Indian journal of veterinary science and animal husbandry - Volume 7,
Year: 1937
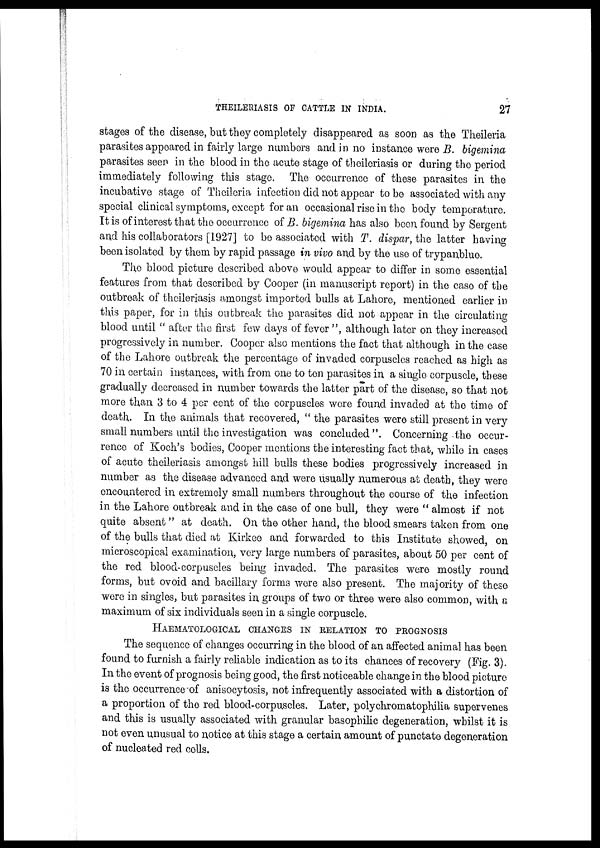
THEILERIASIS OF CATTLE IN INDIA.
27
stages of the disease, but they completely disappeared as soon as the Theileria
parasites appeared in fairly large numbers and in no instance were B. bigemina
parasites seen in the blood in the acute stage of theileriasis or during the period
immediately following this stage. The occurrence of these parasites in the
incubative stage of Theileria infection did not appear to be associated with any
special clinical symptoms, except for an occasional rise in the body temperature.
It is of interest that the occurrence of B. bigemina has also been, found by Sergent
and his collaborators [1927] to be associated with T. dispar, the latter having
been isolated by them by rapid passage in vivo and by the use of trypanblue.
The blood picture described above would appear to differ in some essential
features from that described by Cooper (in manuscript report) in the case of the
outbreak of theileriasis amongst imported bulls at Lahore, mentioned earlier in
this paper, for in this outbreak the parasites did not appear in the circulating
blood until " after the first few days of fever ", although later on they increased
progressively in number. Cooper also mentions the fact that although in the case
of the Lahore outbreak the percentage of invaded corpuscles reached as high as
70 in. certain instances, with from one to ten parasites in a single corpuscle, these
gradually decreased in number towards the latter part of the disease, so that not
more than 3 to 4 per cent of the corpuscles were found invaded at the time of
death. In the animals that recovered, " the parasites were still present in very
small numbers until the investigation was concluded ". Concerning the occur-
rence of Koch's bodies, Cooper mentions the interesting fact that, while in cases
of acute theileriasis amongst hill bulls these bodies progressively increased in
number as the disease advanced and were usually numerous at death, they were
encountered in extremely small numbers throughout the course of the infection
in the Lahore outbreak and in the case of one bull, they were " almost if not
quite absent" at death. On the other hand, the blood smears taken from one
of the bulls that died at Kirkee and forwarded to this Institute showed, on
microscopical examination, very large numbers of parasites, about 50 per cent of
the red blood-corpuscles being invaded. The parasites were mostly round
forms, but ovoid and bacillary forms were also present. The majority of these
were in singles, but parasites in groups of two or three were also common, with a
maximum of six individuals seen in a single corpuscle.
HAEMATOLOGICAL CHANGES IN RELATION TO PROGNOSIS
The sequence of changes occurring in the blood of an affected animal has been
found to furnish a fairly reliable indication as to its chances of recovery (Fig. 3).
In the event of prognosis being good, the first noticeable change in the blood picture
is the occurrence of anisocytosis, not infrequently associated with a distortion of
a proportion of the red blood-corpuscles. Later, polychromatophilia supervenes
and this is usually associated with granular basophilic degeneration, whilst it is
not even unusual to notice at this stage a certain amount of punctate degeneration
of nucleated red cells.